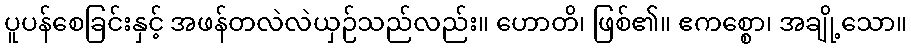
ပူပန်စေခြင်းနှင့် အဖန်တလဲလဲယှဉ်သည်လည်း။ ဟောတိ၊ ဖြစ်၏။ ဧကစ္စော၊ အချို့သော။